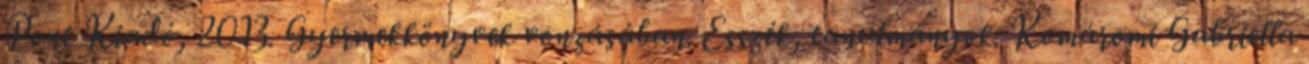
Pont Kiadó, 2013. Gyermekkönyvek vonzásában. Esszék, tanulmányok. Komáromi Gabriella